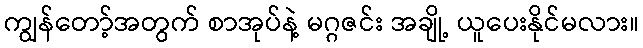
ကျွန်တော့်အတွက် စာအုပ်နဲ့ မဂ္ဂဇင်း အချို့ ယူပေးနိုင်မလား။